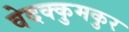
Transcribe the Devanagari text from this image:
वेदक्कुमकुर